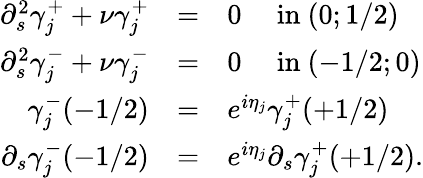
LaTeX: \begin{array}{rcl}{\partial_{s}^{2}\gamma_{j}^{+}+\nu\gamma_{j}^{+}}&{=}&{0\quad\mathrm{~in~}(0;1/2)}\\ {\partial_{s}^{2}\gamma_{j}^{-}+\nu\gamma_{j}^{-}}&{=}&{0\quad\mathrm{~in~}(-1/2;0)}\\ {\gamma_{j}^{-}(-1/2)}&{=}&{e^{i\eta_{j}}\gamma_{j}^{+}(+1/2)}\\ {\partial_{s}\gamma_{j}^{-}(-1/2)}&{=}&{e^{i\eta_{j}}\partial_{s}\gamma_{j}^{+}(+1/2).}\end{array}